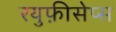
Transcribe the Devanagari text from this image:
रयुफ़ीसेप्स